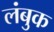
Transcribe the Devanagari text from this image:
लंबुक